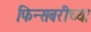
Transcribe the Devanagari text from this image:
फिन्सबरीच्या